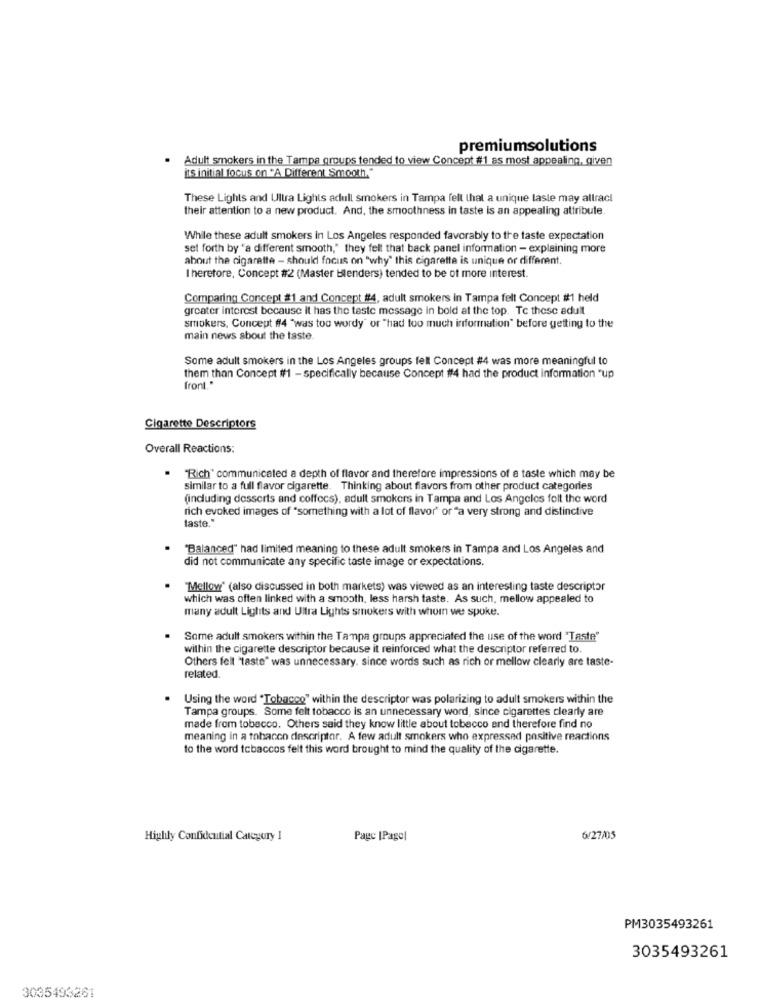
premiumsolutions
Adult smokers in the Tampa groups tended to view Concept #1 as most appealing, given
its initial focus on "A Different Smooth."
These Lights and Ultra Lights adull smokers in Tampa fell that a unique laste may allracl
their attention to a new product. And, the smoothness in taste is an appealing attribute.
While these adult smokers in Los Angeles responded favorably to the taste expectation
set forth by "a different smooth," they fell that back panel information - explaining more
about the cigarette - should focus on "why" this cigaretta is unique or different.
I heretore, Concept #2 (Master Blenders) tended to be of more interest.
Comparing Concept #1 and Concept #4, adult smokers in Tampa fell Concept #1 held
greater interest because it has the taste message in bold at the top. Te these adult
smokers, Concept #14 "was too wordy" or "had too much information" before getting to the
main news about the taste
Some adult smokers in the Los Angeles groups fell Concept #4 was more meaningful to
them than Concept #1 - specifically because Concept ##4 had the product information "up
front."
Cigarette Descriptors
Overall Reactions:
"Rich" communicated a depth of flavor and therefore impressions of a taste which may be
similar to a full flavor cigarette. Thinking about flavors from other product categories
(including desserts and coffecs), adult smokers in Tampa and Los Angeles folt the word
rich evoked images of "something with a lot of flavor" or "a very strong and distinctive
taste."
"Balanced" had limited meaning to these adult smokers in Tampa and Los Angeles and
did not communicate any specific taste image or expectations.
"Mellow" (also discussed in both markets) was viewed as an interesting taste descriptor
which was often linked with a smooth, less harsh taste. As such, mellow appealed to
many adult Lights and Ultra Lights smokers with whom we spoke.
Some adult smokers within the Tampa groups appreciated the use of the word "Taste"
within the cigarette descriptor because it reinforced what the descriptor referred to.
Others felt "taste" was unnecessary. since words such as rich or mellow clearly are taste-
related.
Using the word "Tobacco" within the descriptor was polarizing to adult smokers within the
Tampa groups. Some felt tobacco is an unnecessary word, since cigarettes clearly are
made from tobacco. Others said they know little about tobecco and therefore find no
meaning in a tobacco descriptor. A few adult smokers who expressed positive reactions
to the word tobaccos felt this word brought to mind the quality of the cigarette.
Highly Confidential Category 1
Page [Pagel
6/27/05
PM3035493261
3035493261
3035493261